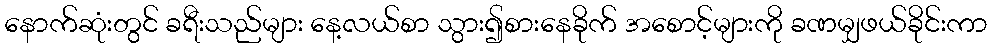
နောက်ဆုံးတွင် ခရီးသည်များ နေ့လယ်စာ သွား၍စားနေခိုက် အစောင့်များကို ခဏမျှဖယ်ခိုင်းကာ